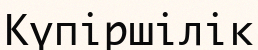
Күпіршілік